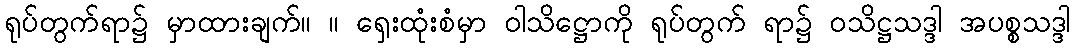
ရုပ်တွက်ရာ၌ မှာထားချက်။ ။ ရှေးထုံးစံမှာ ဝါသိဋ္ဌောကို ရုပ်တွက် ရာ၌ ဝသိဋ္ဌသဒ္ဒါ အပစ္စသဒ္ဒါ